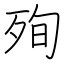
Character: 殉